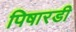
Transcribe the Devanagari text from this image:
पिषारडी